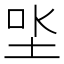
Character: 𡋏